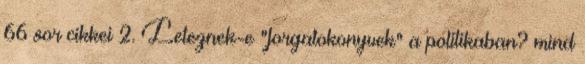
66 sor cikkei 2. Leteznek-e "forgatokonyvek" a politikaban? mind